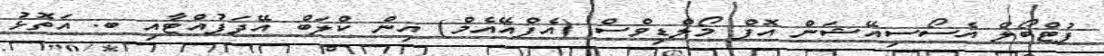
ފުޓްބޯލް އެސޯސިއޭޝަން އޮފް މޯލްޑިވްސް (އެފްއޭއެމް) އިން ކްލަބް އޭދަފުއްޓާއި ބ. އަތޮޅު